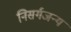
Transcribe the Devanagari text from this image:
निसर्गजन्य